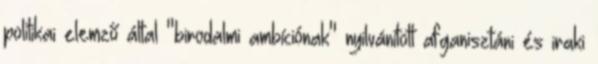
politikai elemző által "birodalmi ambíciónak" nyilvánított afganisztáni és iraki